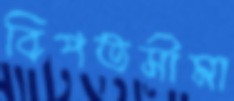
বিপতসীমা